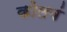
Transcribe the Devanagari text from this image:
कोलबं